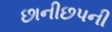
છાનીછપની